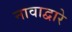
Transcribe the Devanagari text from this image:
नावाद्वारे